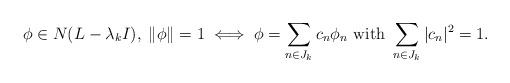
LaTeX: \begin{align*}\phi \in N(L-\lambda_{k}I),\; \|\phi\| = 1 \iff \phi = \sum_{n\in J_{k}}c_{n}\phi_{n}\mbox{ with } \sum_{n\in J_{k}} |c_{n}|^2 = 1.\end{align*}